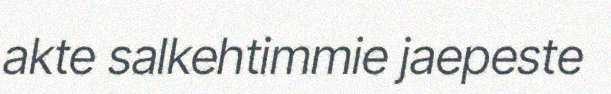
akte salkehtimmie jaepeste